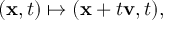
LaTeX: ( \mathbf { x } , t ) \mapsto ( \mathbf { x } + t \mathbf { v } , t ) ,